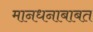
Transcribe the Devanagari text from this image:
मानधनाबाबत